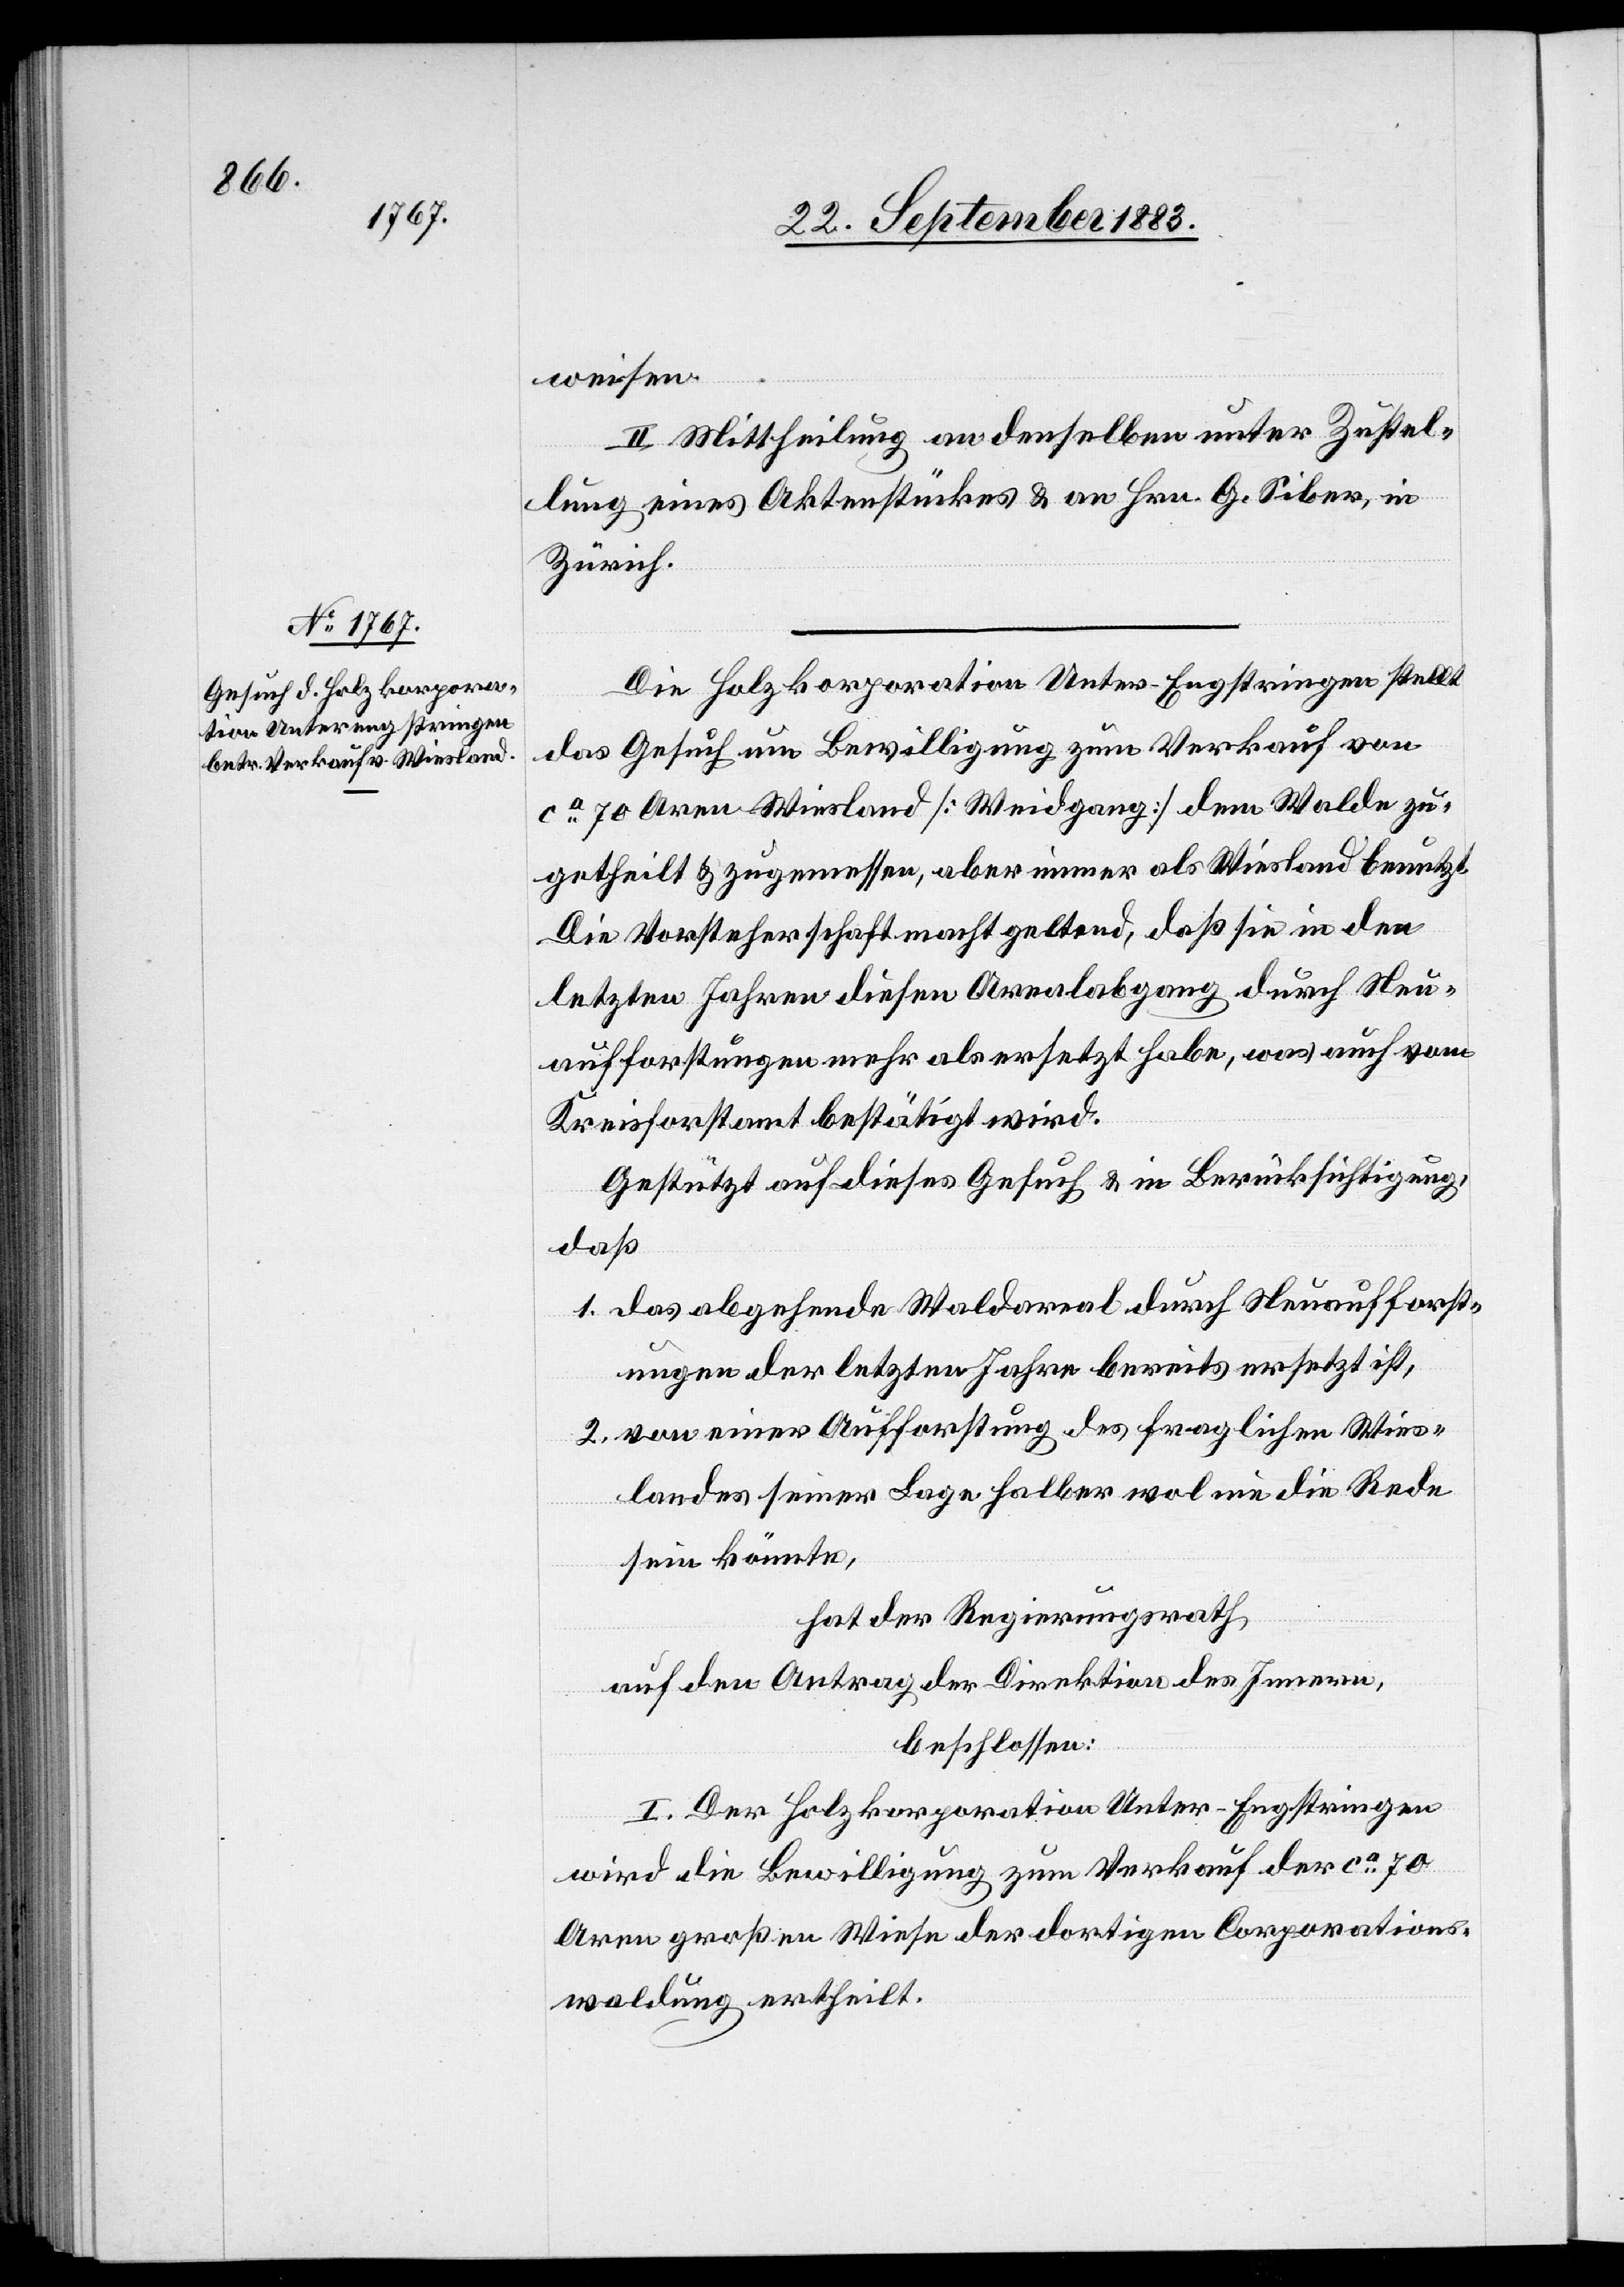
weisen.
II. Mittheilung an denselben unter Zustel¬
lung eines Aktenstückes & an Hrn. G. Siber, in
Zürich.
Die Holzkorporation Unter-Engstringen stellt
das Gesuch um Bewilligung zum Verkauf von
ca 70 Aren Wiesland [Weidgang] dem Walde zu¬
getheilt & zugemessen, aber immer als Wiesland benutzt.
Die Vorsteherschaft macht geltend, daß sie in den
letzten Jahren diesen Arealabgang durch Neu¬
aufforstungen mehr als ersetzt habe, was auch vom
Kreisforstamt bestätigt wird.
Gestützt auf dieses Gesuch & in Berücksichtigung,
daß
1. das abgehende Waldareal durch Neuaufforst¬
ungen der letzten Jahre bereits ersetzt ist,
2. von einer Aufforstung des fraglichen Wies¬
landes seiner Lage halber wol nie die Rede
sein könnte,
hat der Regierungsrath,
auf den Antrag der Direktion des Innern,
beschlossen:
I. Der Holzkorporation Unter-Engstringen
wird die Bewilligung zum Verkauf der ca 70
Aren großen Wiese der dortigen Corporations¬
waldung ertheilt.